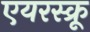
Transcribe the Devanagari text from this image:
एयरस्क्रू